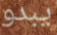
يبدو